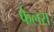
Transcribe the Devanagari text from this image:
फेलरा